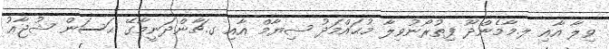
ވިލާ އާއި ލ.މާމެންދޫ ފިތުރޯނުވިލާ މުޙައްމަދު ޝިޔާމް އާއި ގ.ޗާންދަނީމާގޭ ޙަސަން ޝުޖާޢު